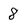
Character: 8